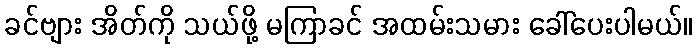
ခင်ဗျား အိတ်ကို သယ်ဖို့ မကြာခင် အထမ်းသမား ခေါ်ပေးပါမယ်။